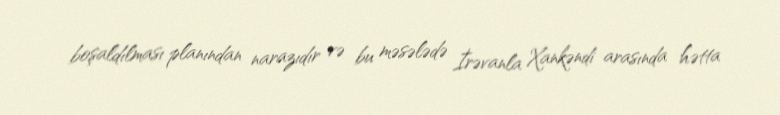
boşaldılması planından narazıdır və bu məsələdə İrəvanla Xankəndi arasında hətta